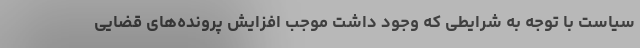
سیاست با توجه به شرایطی که وجود داشت موجب افزایش پرونده‌های قضایی